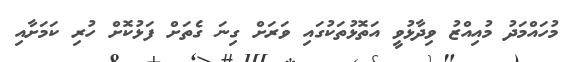
މުހައްމަދު މުއިއްޒު ވިދާޅުވީ އަތޮޅުތަކުގައި ވަރަށް ގިނަ ގެތަށް ފަޅުކޮށް ހުރި ކަމަށާއި